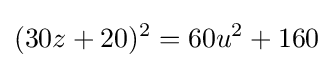
(30z+20)^{2}=60u^{2}+160